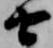
由